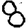
Digit: 8